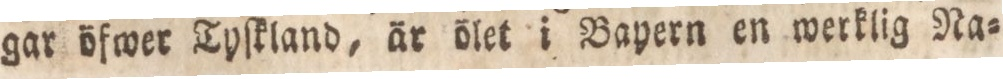
gar öfwer Tyſkland, är ölet i Bayern en werklig Na=